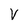
Character: V